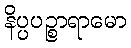
နိပ္ပပဉ္စာရာမော